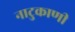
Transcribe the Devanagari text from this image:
नाटुकाणी